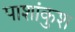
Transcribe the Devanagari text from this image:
पाशांकुश